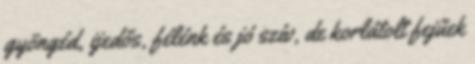
gyöngéd, ijedős, félénk és jó szív, de korlátolt fejűek